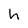
Character: h